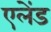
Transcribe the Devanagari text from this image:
एलेंड